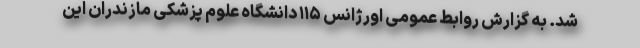
شد. به گزارش روابط عمومی اورژانس ۱۱۵ دانشگاه علوم پزشکی مازندران این